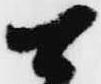
可